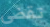
تقضي